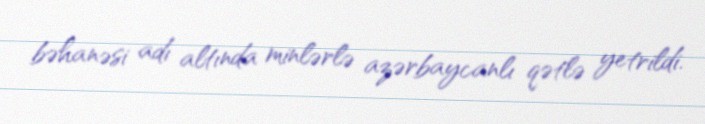
bəhanəsi adı altında minlərlə azərbaycanlı qətlə yetrildi.